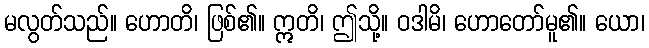
မလွတ်သည်။ ဟောတိ၊ ဖြစ်၏။ ဣတိ၊ ဤသို့။ ဝဒါမိ၊ ဟောတော်မူ၏။ ယော၊